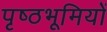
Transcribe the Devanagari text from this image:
पृष्‍ठभूमियों